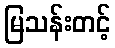
မြသန်းတင့်